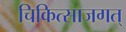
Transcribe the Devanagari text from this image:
चिकित्साजगत्‌